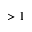
> 1